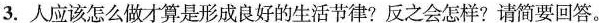
3.人 应该怎么做才算是形成良好的生活节律?反之会怎样?请简要回答。